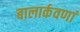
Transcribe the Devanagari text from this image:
बालार्कवणां